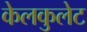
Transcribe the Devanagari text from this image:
केलकुलेट